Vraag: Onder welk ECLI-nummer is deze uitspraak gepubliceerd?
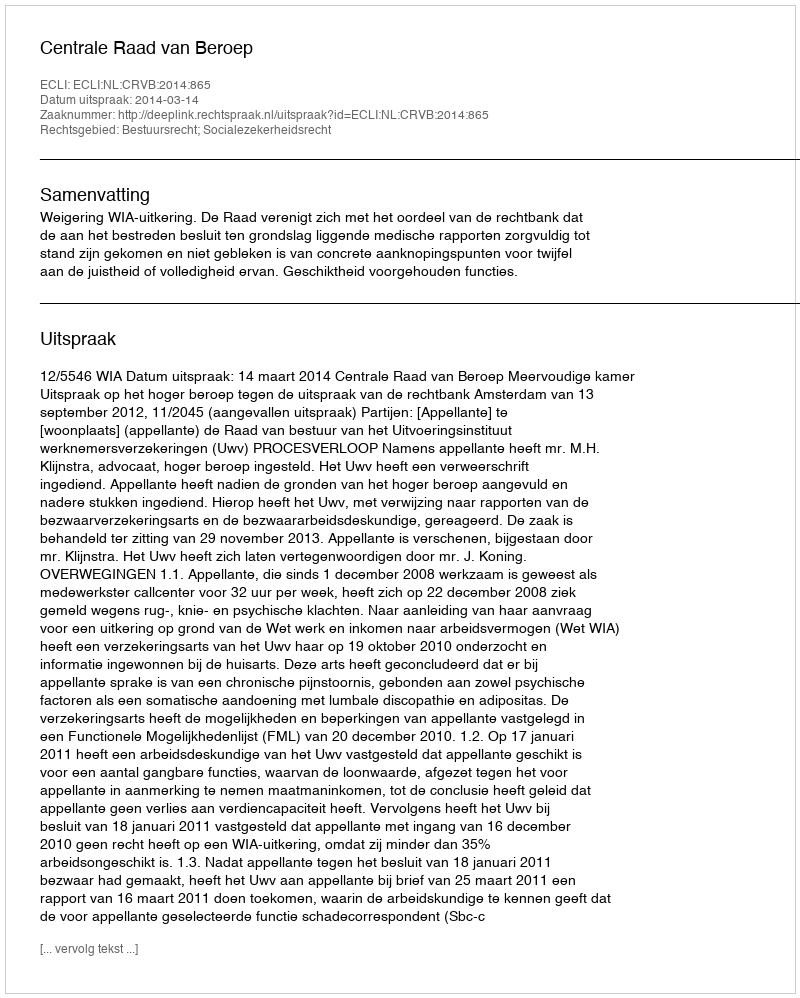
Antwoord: ECLI:NL:CRVB:2014:865